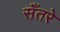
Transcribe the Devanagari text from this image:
सँतरे